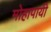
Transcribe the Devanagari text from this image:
मोहापायी